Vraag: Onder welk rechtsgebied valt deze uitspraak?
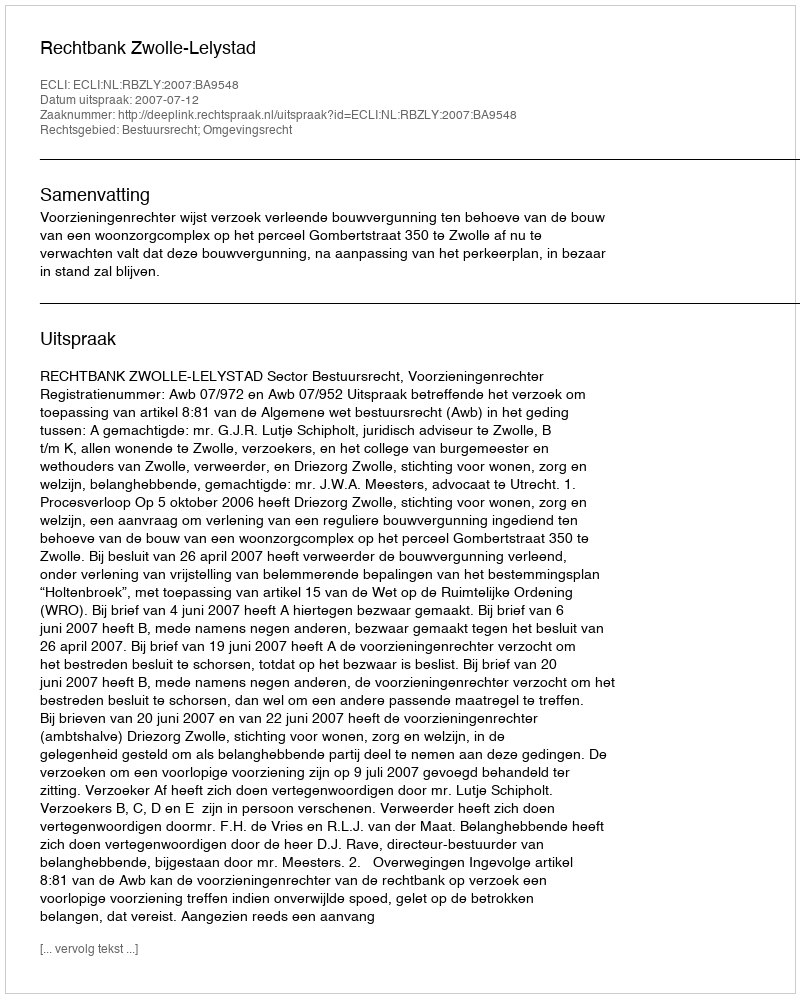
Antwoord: Bestuursrecht; Omgevingsrecht